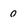
Character: 0